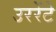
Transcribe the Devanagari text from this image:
उररेंटे